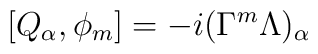
[Q_{\alpha}, \phi_{m}] = -i (\Gamma^{m} \Lambda )_{\alpha}